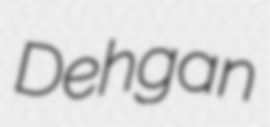
Dehgan